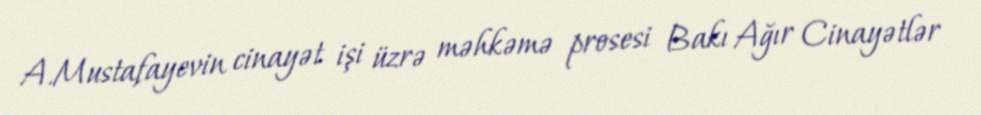
A.Mustafayevin cinayət işi üzrə məhkəmə prosesi Bakı Ağır Cinayətlər